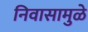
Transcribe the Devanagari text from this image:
निवासामुळे